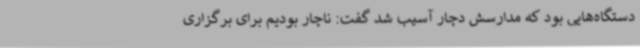
دستگاه‌هایی بود که مدارسش دچار آسیب شد گفت: ناچار بودیم برای برگزاری